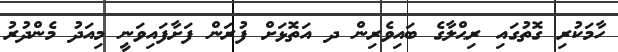
ހާމަކުރި ގޮތުގައި ރިޙްލާގެ ބައިވެރިން ދ އަތޮޅަށް ފުރަން ފަށާފައިވަނީ މިއަދު މެންދުރު